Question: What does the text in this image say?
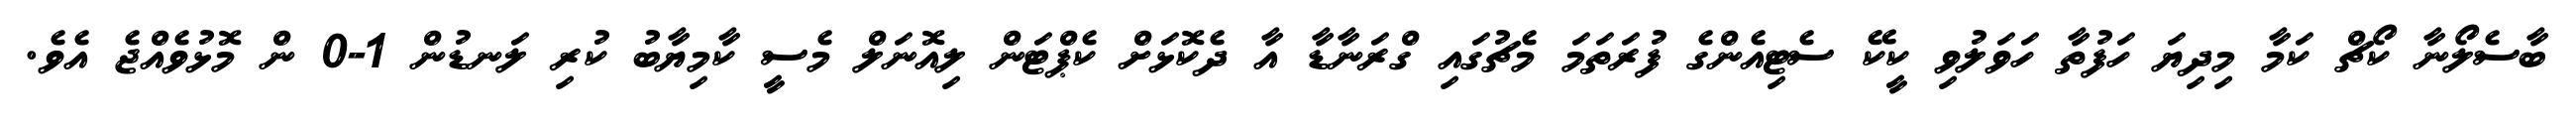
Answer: ބާސެލޯނާ ކޯޗް ކަމާ މިދިޔަ ހަފުތާ ހަވަލުވި ކީކޭ ސެޓިއެންގެ ފުރަތަމަ މެޗުގައި ގްރަނާޑާ އާ ދެކޮޅަށް ކެޕްޓަން ލިއޮނަލް މެސީ ކާމިޔާބު ކުރި ލަނޑުން 1-0 ން މޮޅުވެއްޖެ އެވެ.